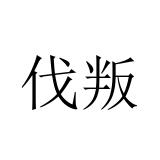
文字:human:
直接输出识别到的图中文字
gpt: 伐叛